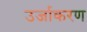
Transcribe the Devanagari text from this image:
उर्जाकरण